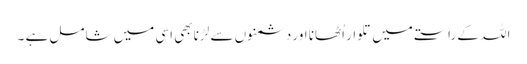
اللہ کے راستے میں تلوار اُٹھانا اور دشمنوں سے لڑنا بھی اسی میں شامل ہے ۔